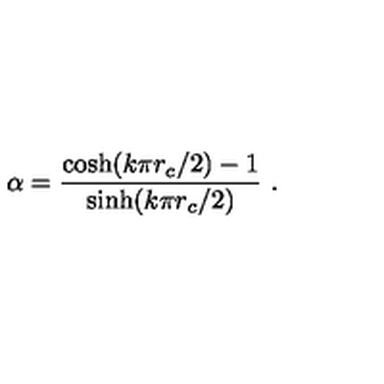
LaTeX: \alpha = \frac { \cosh ( k \pi r _ { c } / 2 ) - 1 } { \sinh ( k \pi r _ { c } / 2 ) } \ .